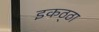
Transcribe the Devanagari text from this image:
इकठ्‌ठा